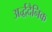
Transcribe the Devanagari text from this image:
अर्द्धदैनिक